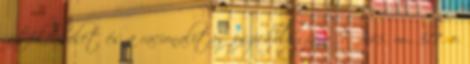
játékelmélet és a racionalitás pszichológiája I 345. m., 317. o.